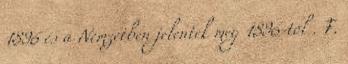
1896 és a Nemzetben jelentek meg 1896-tól . F.